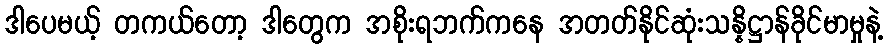
ဒါပေမယ့် တကယ်တော့ ဒါတွေက အစိုးရဘက်ကနေ အတတ်နိုင်ဆုံးသန္နိဋ္ဌာန်ခိုင်မာမှုနဲ့